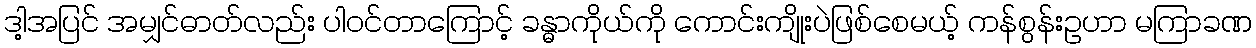
ဒါ့အပြင် အမျှင်ဓာတ်လည်း ပါဝင်တာကြောင့် ခန္ဓာကိုယ်ကို ကောင်းကျိုးပဲဖြစ်စေမယ့် ကန်စွန်းဥဟာ မကြာခဏ